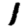
Digit: 1